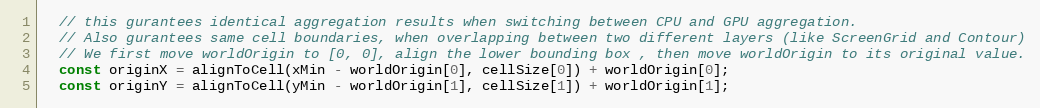
Language: JavaScript
  // this gurantees identical aggregation results when switching between CPU and GPU aggregation.
  // Also gurantees same cell boundaries, when overlapping between two different layers (like ScreenGrid and Contour)
  // We first move worldOrigin to [0, 0], align the lower bounding box , then move worldOrigin to its original value.
  const originX = alignToCell(xMin - worldOrigin[0], cellSize[0]) + worldOrigin[0];
  const originY = alignToCell(yMin - worldOrigin[1], cellSize[1]) + worldOrigin[1];